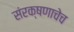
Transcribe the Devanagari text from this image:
संरक्षणाचेच